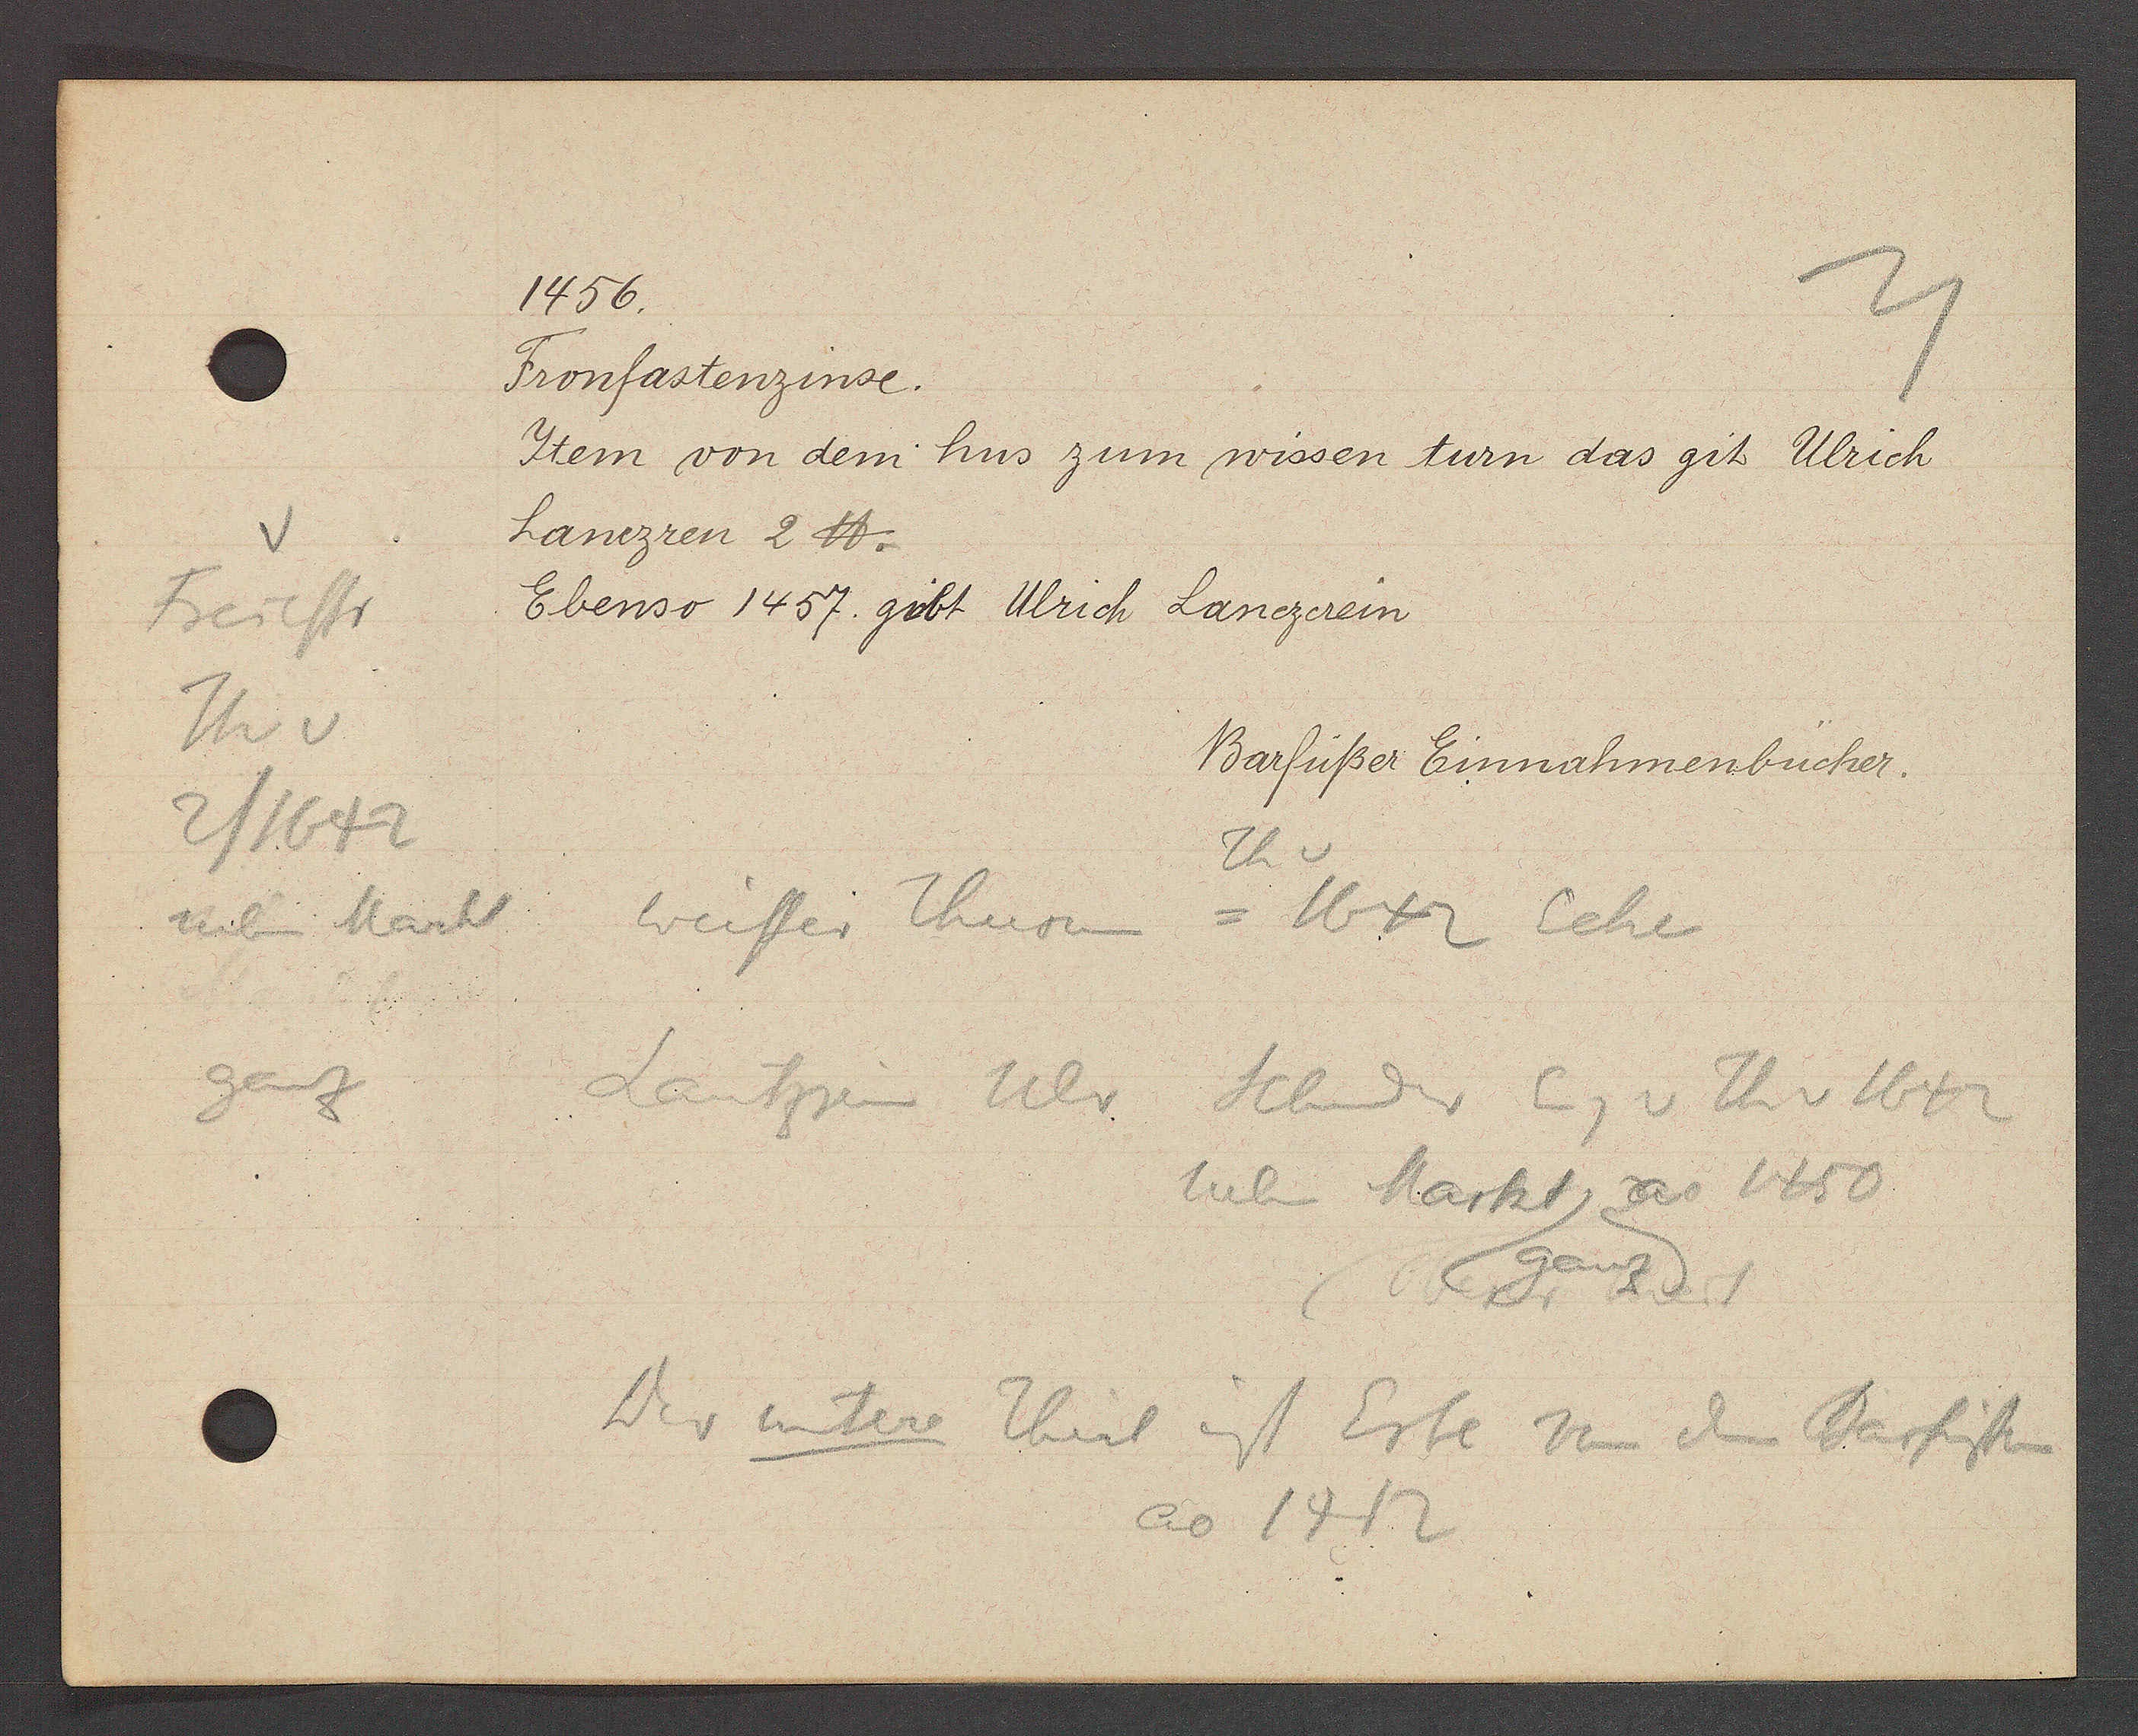
Transcript:
Freiestr
Th v
2/1642
neben Markt
ganz

1456.

Fronfastenzinse.
Item von dem hus zum wissen turn das git Ulrich
hanezren 2℔.
Ebenso 1457. gibt Ulrich Lanezerein

Barfüßer Einnahmenbücher.

Th
weisser Thurn = 1642 Ecke
Lantzrin Ulr Schnider Eig v Th v 1642
neben Markt, ao 1450
(ganz)
Der undere Theil ist Erbe von den Barfüssen
ao 1412